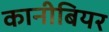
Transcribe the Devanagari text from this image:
कानीबियर